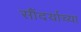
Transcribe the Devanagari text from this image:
सौंदर्याच्या